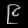
Digit: ၉